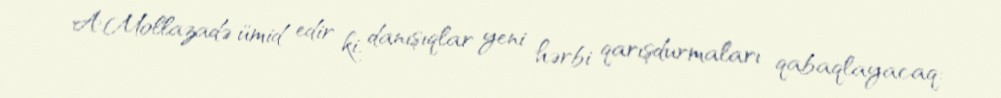
A.Mollazadə ümid edir ki, danışıqlar yeni hərbi qarışdurmaları qabaqlayacaq: